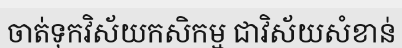
ចាត់ទុកវិស័យកសិកម្ម ជាវិស័យសំខាន់